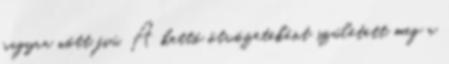
nagyra nőtt fiú. A kettő ötvözeteként született meg a